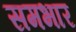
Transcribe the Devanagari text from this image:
समभार